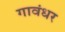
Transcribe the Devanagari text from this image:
गावंधर